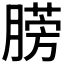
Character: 𣎙